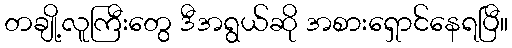
တချို့လူကြီးတွေ ဒီအရွယ်ဆို အစားရှောင်နေရပြီ။